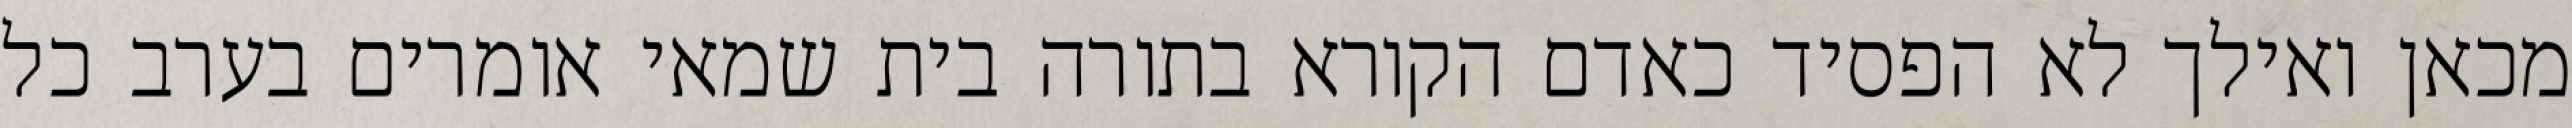
מכאן ואילך לא הפסיד כאדם הקורא בתורה בית שמאי אומרים בערב כל